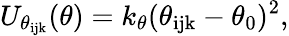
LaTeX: U_{\theta_{\mathrm{ijk}}}(\theta)=k_{\theta}(\theta_{\mathrm{ijk}}-\theta_{0})^{2},